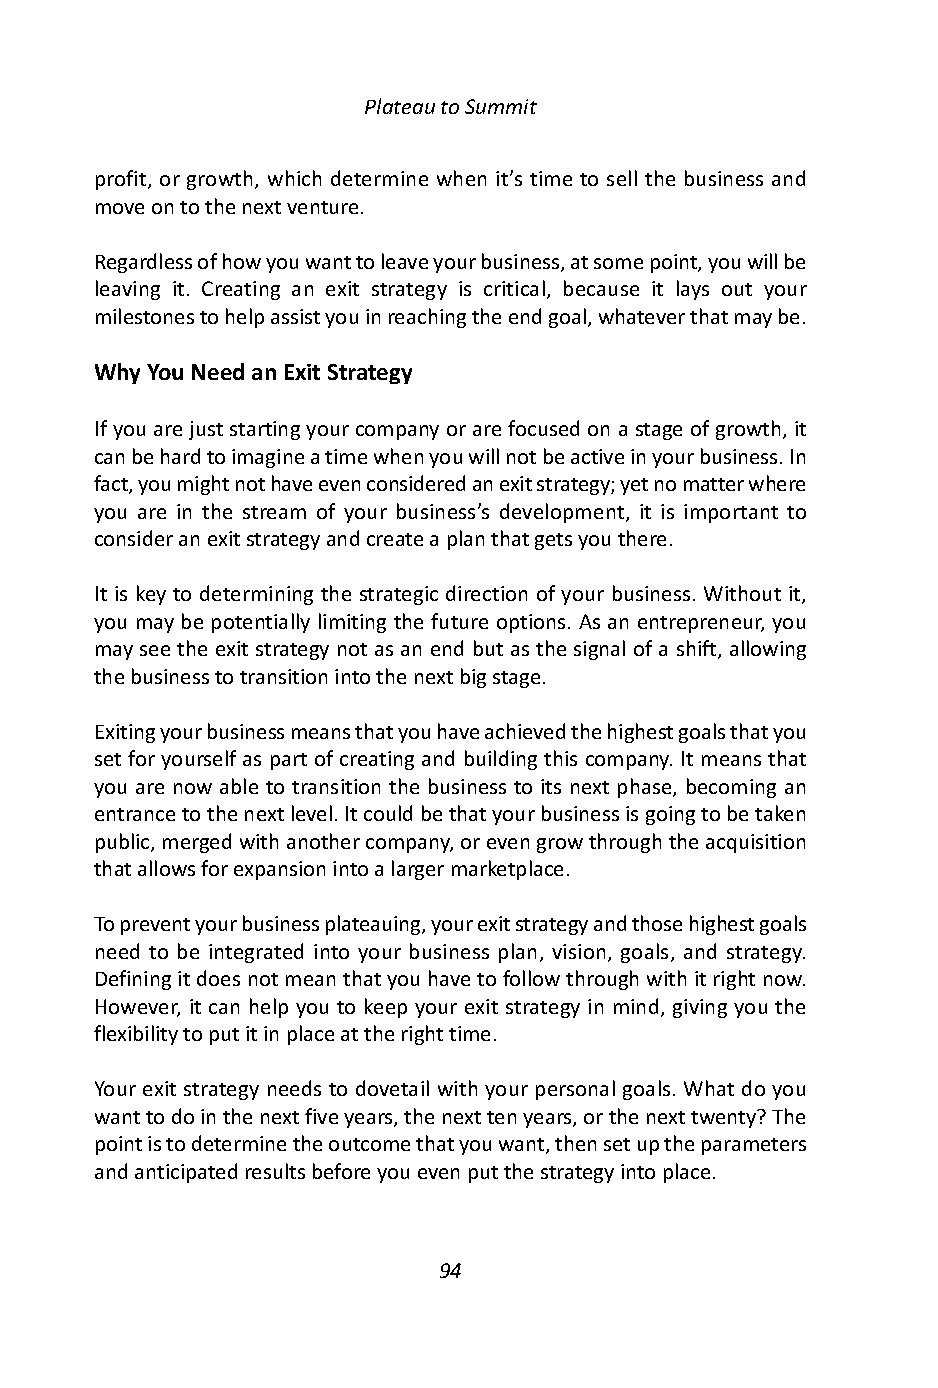
Plateau to Summit
 profit, or growth, which determine when it’s time to sell the business and
 move on to the next venture.
 Regardless of how you want to leave your business, at some point, you will be
 leaving it. Creating an exit strategy is critical, because it lays out your
 milestones to help assist you in reaching the end goal, whatever that may be.
 Why You Need an Exit Strategy
 If you are just starting your company or are focused on a stage of growth, it
 can be hard to imagine a time when you will not be active in your business. In
 fact, you might not have even considered an exit strategy; yet no matter where
 you are in the stream of your business’s development, it is important to
 consider an exit strategy and create a plan that gets you there.
 It is key to determining the strategic direction of your business. Without it,
 you may be potentially limiting the future options. As an entrepreneur, you
 may see the exit strategy not as an end but as the signal of a shift, allowing
 the business to transition into the next big stage.
 Exiting your business means that you have achieved the highest goals that you
 set for yourself as part of creating and building this company. It means that
 you are now able to transition the business to its next phase, becoming an
 entrance to the next level. It could be that your business is going to be taken
 public, merged with another company, or even grow through the acquisition
 that allows for expansion into a larger marketplace.
 To prevent your business plateauing, your exit strategy and those highest goals
 need to be integrated into your business plan, vision, goals, and strategy.
 Defining it does not mean that you have to follow through with it right now.
 However, it can help you to keep your exit strategy in mind, giving you the
 flexibility to put it in place at the right time.
 Your exit strategy needs to dovetail with your personal goals. What do you
 want to do in the next five years, the next ten years, or the next twenty? The
 point is to determine the outcome that you want, then set up the parameters
 and anticipated results before you even put the strategy into place.
 94